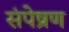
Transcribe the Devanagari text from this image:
संपेष्रण